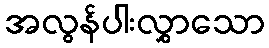
အလွန်ပါးလွှာသော